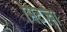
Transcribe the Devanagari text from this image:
मिटज़्वा